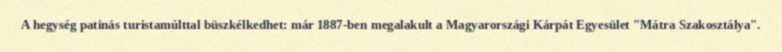
A hegység patinás turistamúlttal büszkélkedhet: már 1887-ben megalakult a Magyarországi Kárpát Egyesület "Mátra Szakosztálya".